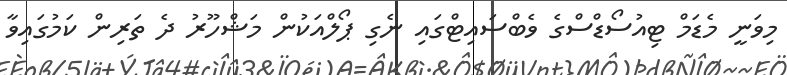
މިވަނީ މެޑަމް ޓިއުސޯޑްސްގެ ވެބްސައިޓްގައި ނެގި ޕޯލްއަކުން މަޝްހޫރު ދެ ތަރިން ކަމުގައިވާ